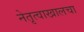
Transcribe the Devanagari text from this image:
नेतृत्वाखालचा